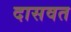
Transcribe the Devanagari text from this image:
दासवत